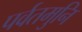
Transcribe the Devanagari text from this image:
पर्वतमुनि